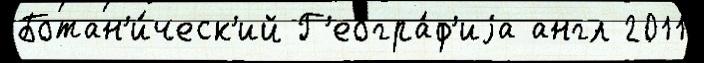
Ботан'и́ческ'ий Г'еогра́ф'иjа англ 2011